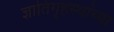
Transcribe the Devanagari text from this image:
ज्ञातिगृहस्थांच्या